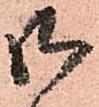
御